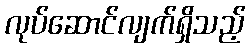
လုပ်ဆောင်လျက်ရှိသည့်